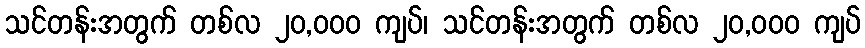
သင်တန်းအတွက် တစ်လ ၂၀,၀၀၀ ကျပ်၊ သင်တန်းအတွက် တစ်လ ၂၀,၀၀၀ ကျပ်